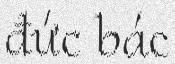
đức bác